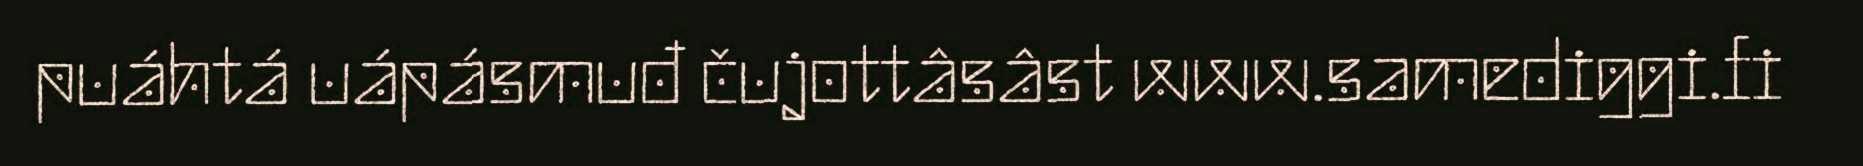
puáhtá uápásmuđ čujottâsâst www.samediggi.fi